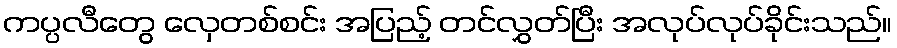
ကပ္ပလီတွေ လှေတစ်စင်း အပြည့် တင်လွှတ်ပြီး အလုပ်လုပ်ခိုင်းသည်။